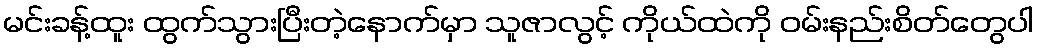
မင်းခန့်ထူး ထွက်သွားပြီးတဲ့နောက်မှာ သူဇာလွင့် ကိုယ်ထဲကို ဝမ်းနည်းစိတ်တွေပါ